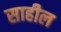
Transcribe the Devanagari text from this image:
साहील